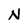
Character: N